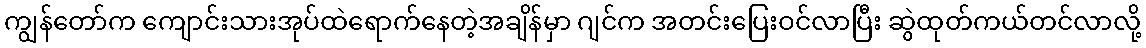
ကျွန်တော်က ကျောင်းသားအုပ်ထဲရောက်နေတဲ့အချိန်မှာ ဂျင်က အတင်းပြေးဝင်လာပြီး ဆွဲထုတ်ကယ်တင်လာလို့